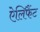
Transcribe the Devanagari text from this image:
ऐलिफैंट